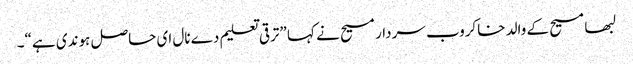
لبھا مسیح کے والد خاکروب سردار مسیح نے کہا ”ترقی تعلیم دے نال ای حاصل ہوندی ہے“۔